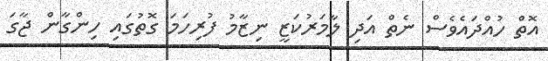
އޮތް ހުއްދައެވެސް ނެތް އަދި ލާމަރުކަޒީ ނިޒާމު ފުރިހަމަ ގޮތުގައި ހިންގާން ޖާގަ